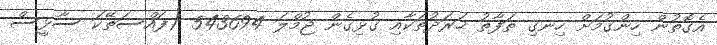
އެގޮތުން ހިންގުމަށް ހިނގި ތަފާތު ޚަރަދުތަކާއި ގުޅިގެން ޖުމްލަ 543694 (ފައްސަތޭކަ ސާޅީސް